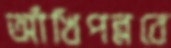
আঁখিপল্লবে